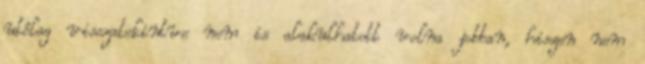
utólag visszatekintve nem is alakulhatott volna jobban, hiszen nem